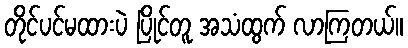
တိုင်ပင်မထားပဲ ပြိုင်တူ အသံထွက် လာကြတယ်။